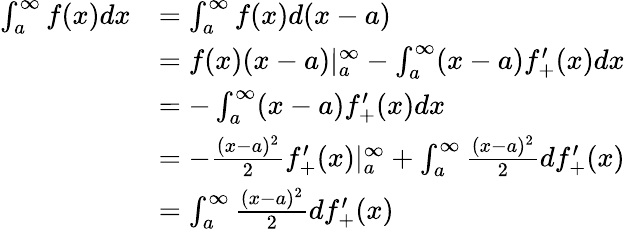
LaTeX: \begin{array}{rl}{\int_{a}^{\infty}f(x)dx}&{=\int_{a}^{\infty}f(x)d(x-a)}\\ &{=f(x)(x-a)|_{a}^{\infty}-\int_{a}^{\infty}(x-a)f_{+}^{\prime}(x)dx}\\ &{=-\int_{a}^{\infty}(x-a)f_{+}^{\prime}(x)dx}\\ &{=-\frac{(x-a)^{2}}{2}f_{+}^{\prime}(x)|_{a}^{\infty}+\int_{a}^{\infty}\frac{(x-a)^{2}}{2}df_{+}^{\prime}(x)}\\ &{=\int_{a}^{\infty}\frac{(x-a)^{2}}{2}df_{+}^{\prime}(x)}\end{array}